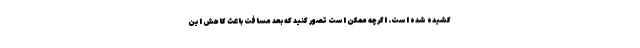
کشیده شده است. اگرچه ممکن است تصور کنید که بُعد مسافت باعث کاهش این